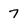
Character: 7